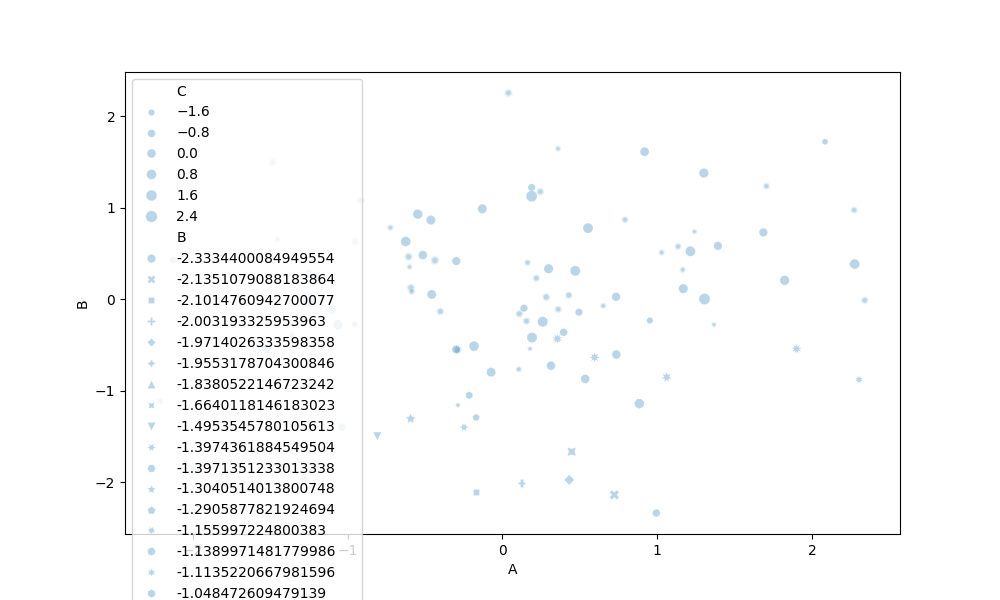
python, seaborn, scatterplot, hue='None', style='B', size='C', palette='muted', alpha=0.3